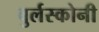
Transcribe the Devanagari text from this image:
बुर्लस्कोनी